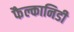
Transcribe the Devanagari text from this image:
फैल्कानिडी